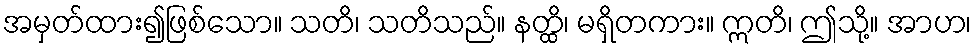
အမှတ်ထား၍ဖြစ်သော။ သတိ၊ သတိသည်။ နတ္ထိ၊ မရှိတကား။ ဣတိ၊ ဤသို့။ အာဟ၊